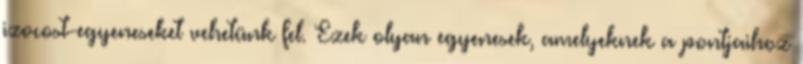
izocost-egyeneseket vehetünk fel. Ezek olyan egyenesek, amelyeknek a pontjaihoz